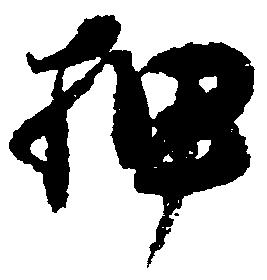
押